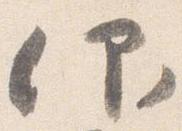
仰